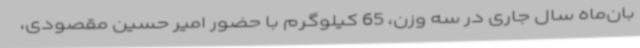
بان‌ماه سال جاری در سه وزن، 65 کیلوگرم با حضور امیر حسین مقصودی،